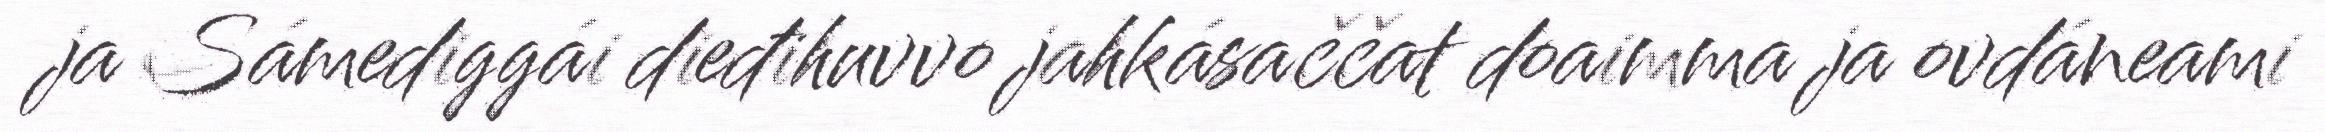
ja Sámediggái dieđihuvvo jahkásaččat doaimma ja ovdáneami